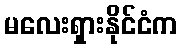
မလေးရှားနိုင်ငံက